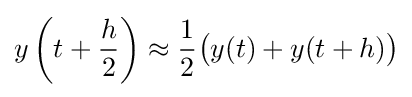
y\left(t+{\frac {h}{2}}\right)\approx {\frac {1}{2}}{\bigl (}y(t)+y(t+h){\bigr )}